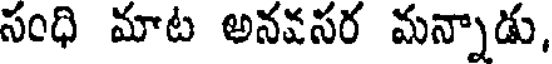
సంధి మాట అనవసర మన్నాడు,